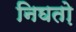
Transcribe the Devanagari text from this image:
निघतो़